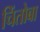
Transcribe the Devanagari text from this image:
चिंतोबा